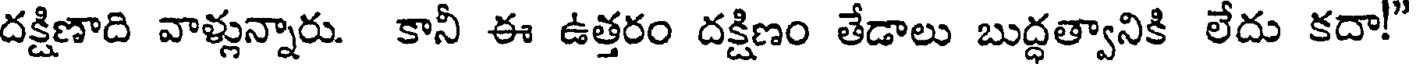
దక్షిణాది వాళ్లున్నారు. కానీ ఈ ఉత్తరం దక్షిణం తేడాలు బుద్ధత్వానికి లేదు కదా!"